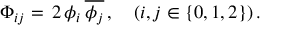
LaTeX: \Phi _ { i j } = \, 2 \, \phi _ { i } \, { \overline { { \phi _ { j } } } } \, , \quad ( i , j \in \{ 0 , 1 , 2 \} ) \, .